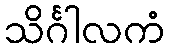
သိင်္ဂါလကံ